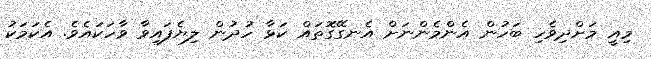
މިއީ މަށްދިވެހި ބަހުން އެންމެންނަށް އެނގޭގޮތައް ކަޅާ ހުދުން ލިޔެފައިވާ ވާހަކައެވެ. އެކަމަކު